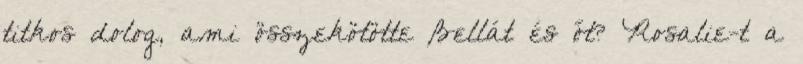
titkos dolog, ami összekötötte Bellát és őt? Rosalie-t a